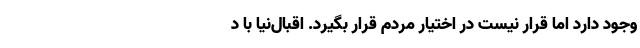
وجود دارد اما قرار نیست در اختیار مردم قرار بگیرد. اقبال‌نیا با د